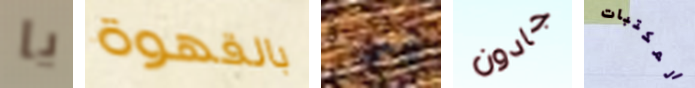
يا بالقهوة طفلا جادون المكتبات